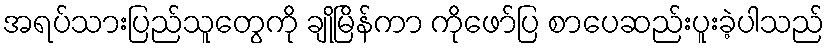
အရပ်သားပြည်သူတွေကို ချိုမြိန်ကာ ကိုဖော်ပြ စာပေဆည်းပူးခဲ့ပါသည်